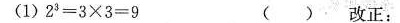
(1)$$2 ^ { 3 } = 3 \times 3 = 9$$ ( ) 改正：